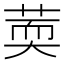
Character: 䓴